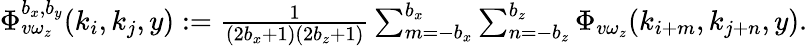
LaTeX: \begin{array}{r}{\Phi_{v\omega_{z}}^{b_{x},b_{y}}(k_{i},k_{j},y):=\frac{1}{(2b_{x}+1)(2b_{z}+1)}\sum_{m=-b_{x}}^{b_{x}}\sum_{n=-b_{z}}^{b_{z}}\Phi_{v\omega_{z}}(k_{i+m},k_{j+n},y).}\end{array}